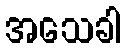
အသေခါ